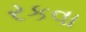
રકવા